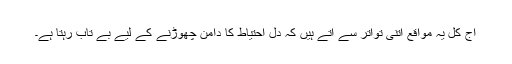
آج کل یہ مواقع اتنی تواتر سے آتے ہیں کہ دل احتیاط کا دامن چھوڑنے کے لیے بے تاب رہتا ہے۔